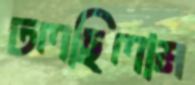
ঢলছিলাম